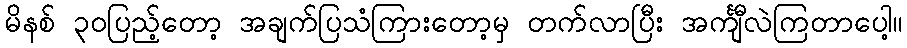
မိနစ် ၃၀ပြည့်တော့ အချက်ပြသံကြားတော့မှ တက်လာပြီး အင်္ကျီလဲကြတာပေါ့။